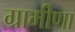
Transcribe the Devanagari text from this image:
ग्रामीणा